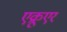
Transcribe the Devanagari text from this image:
एक्रूएर